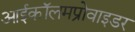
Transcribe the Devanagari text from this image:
आईकॉलमप्रोवाइडर